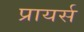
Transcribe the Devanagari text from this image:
प्रायर्स